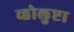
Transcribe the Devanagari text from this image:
व्होलुप्टा